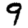
Digit: 9